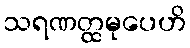
သရဏတ္ထမုပေဟိ